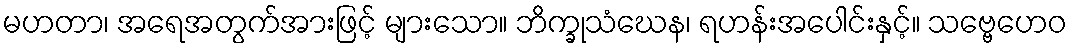
မဟတာ၊ အရေအတွက်အားဖြင့် များသော။ ဘိက္ခုသံဃေန၊ ရဟန်းအပေါင်းနှင့်။ သဗ္ဗေဟေဝ